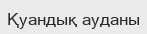
Қуандық ауданы